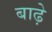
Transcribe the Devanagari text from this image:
बाढ़े